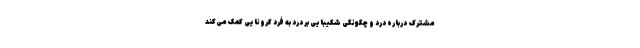
مشترک درباره درد و چگونگی شکیبایی بر درد به فرد کرونایی کمک می‌کند